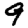
Digit: 9